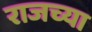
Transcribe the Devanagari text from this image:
राजच्या